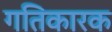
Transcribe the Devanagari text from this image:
गतिकारक